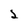
Character: 2